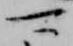
可